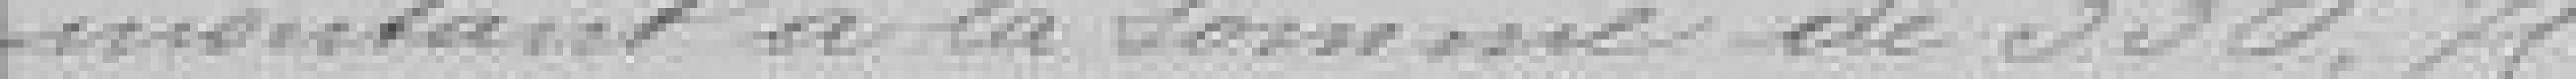
montant à la somme de 300 francs